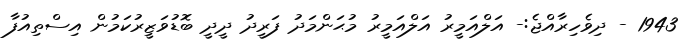
1943 - ދިވެހިރާއްޖެ:- އަލްއަމީރު އަލްއަމީރު މުޙަންމަދު ފަރީދު ދީދީ ބޮޑުވަޒީރުކަމުން އިސްތިއުފާ